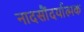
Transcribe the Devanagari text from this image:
नादसौंदर्यात्मक